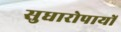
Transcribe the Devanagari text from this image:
सुधारोपायों